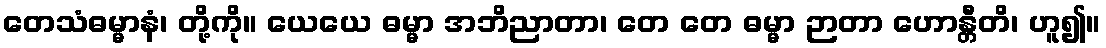
တေသံဓမ္မာနံ၊ တို့ကို။ ယေယေ ဓမ္မာ အဘိညာတာ၊ တေ တေ ဓမ္မာ ဉာတာ ဟောန္တီတိ၊ ဟူ၍။